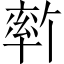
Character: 𫧦